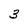
Character: 3